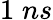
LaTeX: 1\; ns